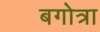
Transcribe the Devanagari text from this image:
बगोत्रा